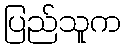
ပြည်သူက